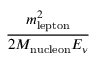
\frac { m _ { \mathrm { l e p t o n } } ^ { 2 } } { 2 M _ { \mathrm { n u c l e o n } } E _ { \nu } }